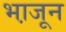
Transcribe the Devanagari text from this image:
भा़जून